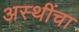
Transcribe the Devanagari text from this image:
अस्थींचा